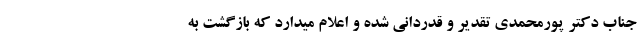
جناب دکتر پورمحمدی تقدیر و قدردانی شده و اعلام میدارد که بازگشت به